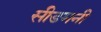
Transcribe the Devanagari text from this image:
सीडमनी